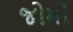
જોમો